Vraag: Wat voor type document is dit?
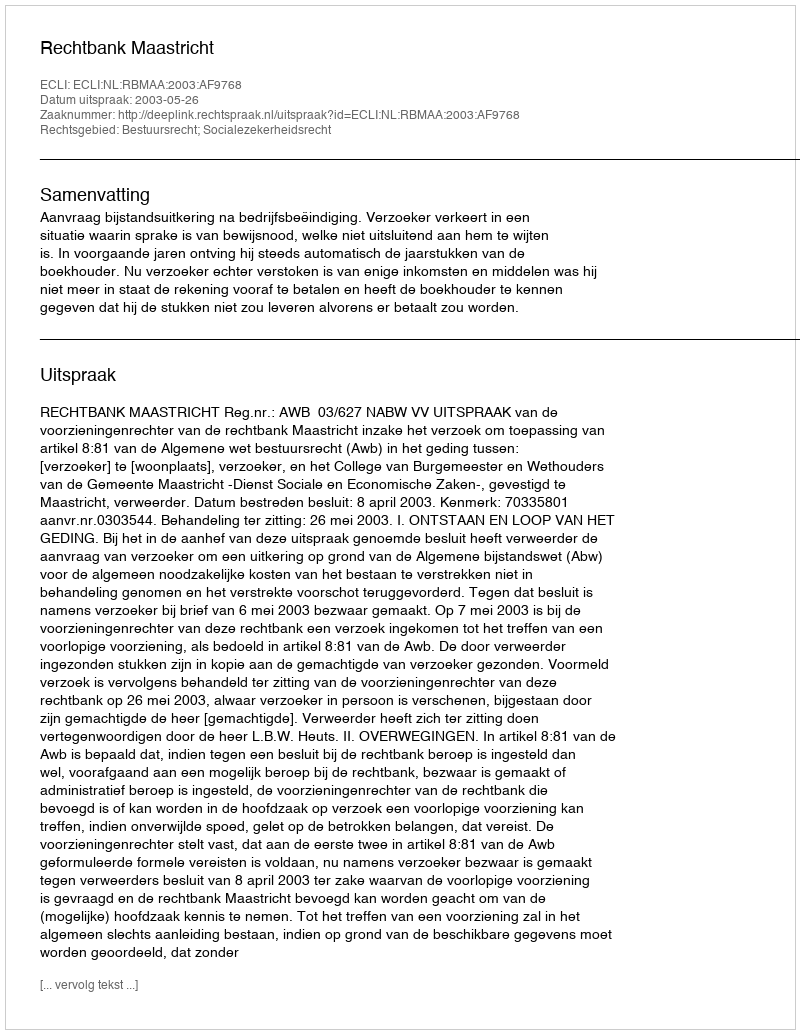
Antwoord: Uitspraak